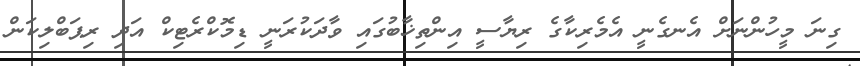
ގިނަ މީހުންނަށް އެނގެނީ އެމެރިކާގެ ރިޔާސީ އިންތިޚާބުގައި ވާދަކުރަނީ ޑިމޮކްރެޓިކް އަދި ރިޕަބްލިކަން